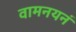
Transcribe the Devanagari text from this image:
वामनयनं